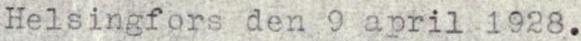
Helsingfors den 9 april 1928.